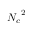
{ { N } _ { c } } ^ { 2 }